system: You are a helpful assistant.
user:
Analyze the provided spectrum to determine if it is a **"Cataclysmic Variables (CV)"**.

- **Key Indicators for CV (Check for either state):**
    - **State 1: Quiescent / Low-State (Emission-Dominated)**
        - **(Primary):** Strong and *very broad* Hydrogen Balmer emission lines (e.g., $H\alpha$ at 6563 Å, $H\beta$ at 4861 Å). The 'broadness' (high velocity dispersion, often FWHM > 1000 km/s) is the key diagnostic, indicating a high-velocity accretion disk.
        - **(Secondary):** Broad neutral Helium (He I) emission lines (e.g., 5876 Å, 6678 Å).
        - **(Key Confirmation):** Presence of high-excitation *ionized* Helium (He II) emission at 4686 Å. This is a strong indicator of accretion onto a white dwarf.
        - **(Line Profile):** Emission lines may exhibit a 'double-peaked' profile, which is a classic signature of a rotating accretion disk viewed at high inclination.

    - **State 2: Outburst / High-State (Absorption-Dominated)**
        - **(Primary):** Spectrum is dominated by a bright, blue continuum (looks like a hot star).
        - **(Secondary):** The emission lines from State 1 are weak, absent, or 'filled in', and are replaced by broad, shallow *absorption* lines (primarily Balmer and He I).
        - **(Morphology):** The overall spectrum mimics a hot B/A-type star. The crucial difference is that the absorption lines are significantly broader, shallower, and more 'washed-out' (or 'smeared') than the sharp lines of a normal stellar photosphere, due to high rotational speeds and pressure broadening in the disk.

Think first, call **spectral_visualization_tool** if needed to examine features in detail, then provide your final answer. Your response must adhere to the following strict rules:
1.  **Overall Structure:** Your response must follow the format `<think>...</think> <tool_call>...</tool_call> (if a tool is used) <answer>...</answer>`.
2.  **Tool Usage Constraint:** You may only make **one** tool call per turn.
3.  **Final Answer Format:** In the `<answer>` tag, your conclusion must be inside a `\boxed{}` command (e.g., `\boxed{YES}`), followed by your justification.

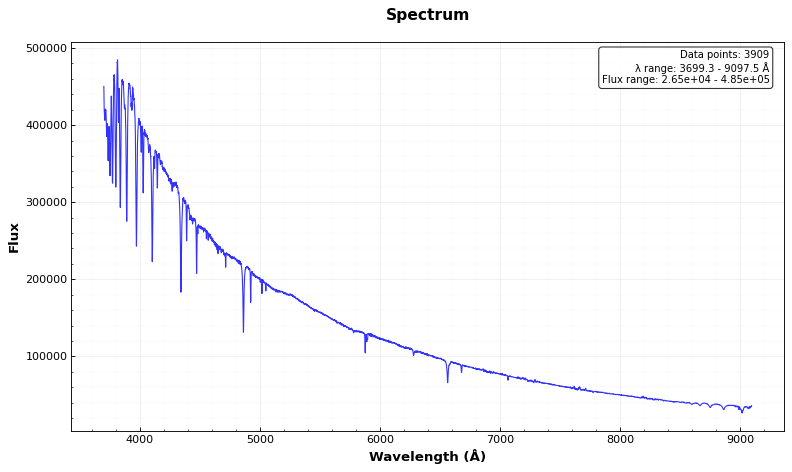
Answer: NO